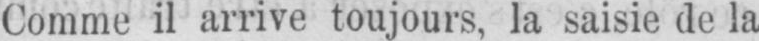
Comme il arrive toujours, la saisie de la